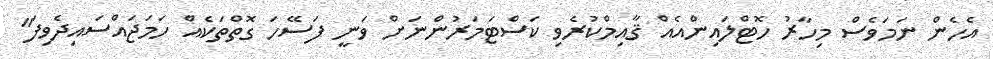
އެހެން ނަމަވެސް މިހާރު ހޮޓްލައިންއެއް ޤާއިމްކުރެވި ކަސްޓަމަރުންނަށް ވަނީ ފަސޭހަ ގޮތްތަކެއް ހަމަޖައްސައިދެވިފަ"